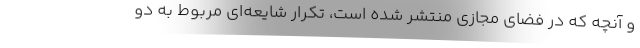
و آنچه که در فضای مجازی منتشر شده است، تکرار شایعه‌ای مربوط به دو